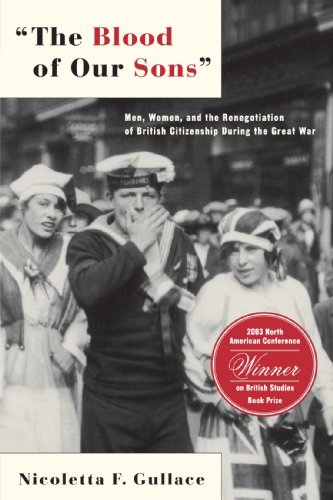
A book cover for The Blood of Our Sons: Men, Women, and the Renegotiation of British Citizenship During the Great War; Nicoletta F. Gullace; Gay & Lesbian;